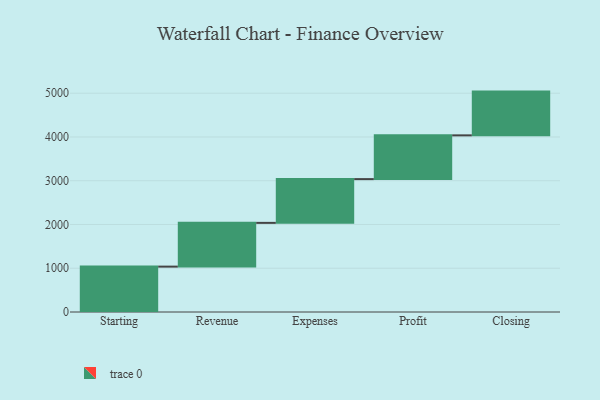
{"axis": {"x": "Step", "y": "Value"}, "legend": [""], "data": [{"x": "Starting", "y": 1037.0, "type": ""}, {"x": "Revenue", "y": 1000, "type": ""}, {"x": "Expenses", "y": 1000, "type": ""}, {"x": "Profit", "y": 1000, "type": ""}, {"x": "Closing", "y": 1000, "type": ""}]}